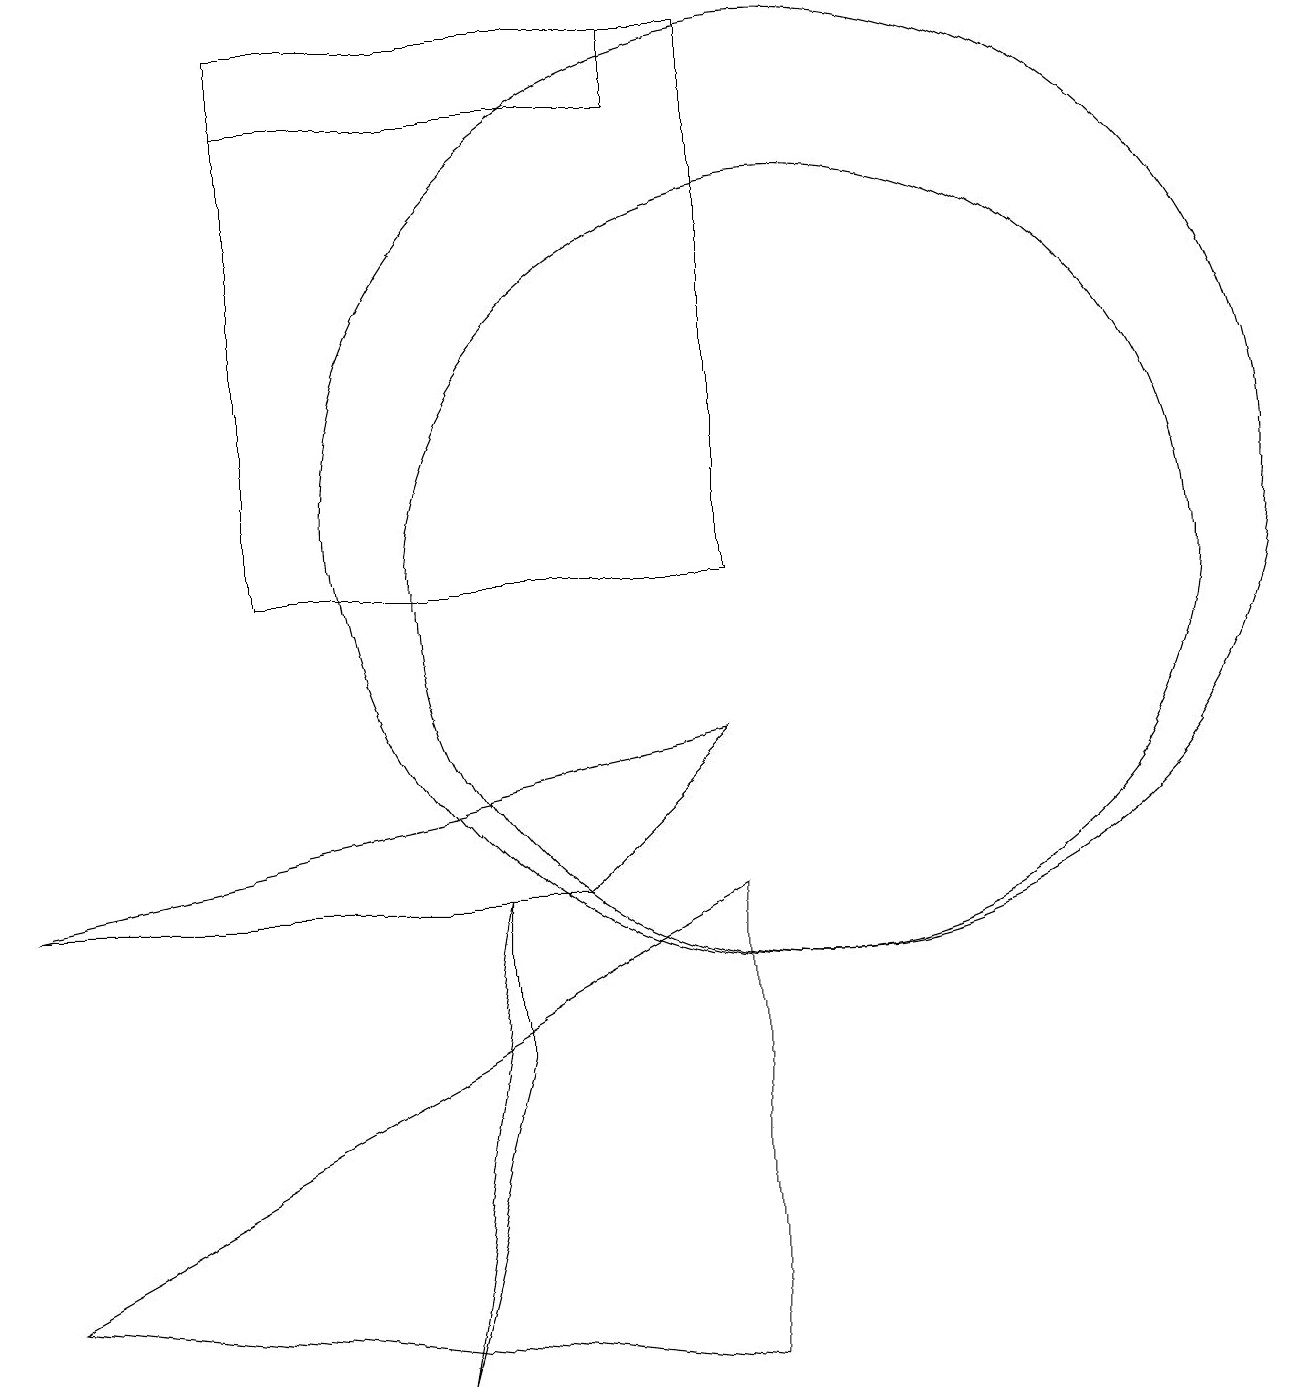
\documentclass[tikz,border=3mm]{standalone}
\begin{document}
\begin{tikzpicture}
\draw (9,8) -- (7,6) -- (0,6) -- cycle;
\draw (0,1) -- (9,0) -- (9,6) -- cycle;
\draw (6,4) -- (6,6) -- (5,0) -- cycle;
\draw (9,10) rectangle (3,17);
\draw (8,17) rectangle (3,16);
\draw (10,10) circle (5);
\draw (10,11) circle (6);
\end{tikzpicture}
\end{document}